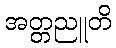
အတ္တညူတိ